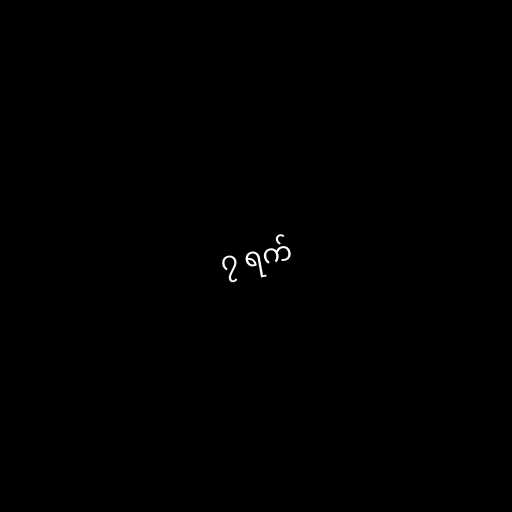
၇ ရက်